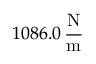
1 0 8 6 . 0 \, \frac { \mathrm { N } } { \mathrm { m } }